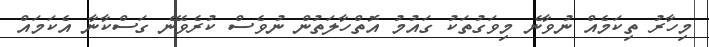
މިހާރު ތިކަމެއް ނުވާނެ މިވަގުތަކު ގައުމު އޮތްހާލަތުން ނުވެސް ކުރެވޭނެ ގަސްކާނާ އެކަމައް